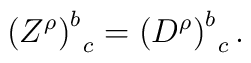
\left( Z^\rho \right) _{\;\;c}^b=\left( D^\rho \right)_{\;\;c}^b.